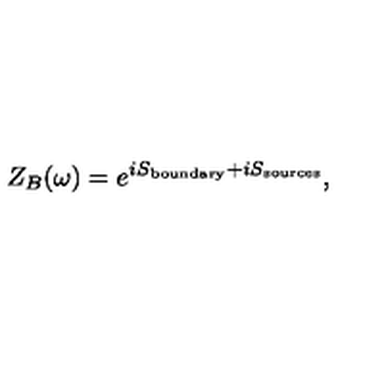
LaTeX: Z _ { B } ( \omega ) = e ^ { i S _ { \mathrm { b o u n d a r y } } + i S _ { \mathrm { s o u r c e s } } } ,